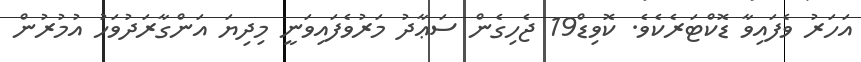
އަހަރު ވެފައިވާ ޑޮކްޓަރެކެވެ. ކޮވިޑް19 ޖެހިގެން ސަޢާދު މަރުވެފައިވަނީ މިދިޔަ އަންގާރަދުވަހު އުމުރުން